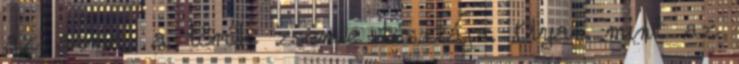
az acma, a török zsemle tésztája. Olyan mint az